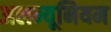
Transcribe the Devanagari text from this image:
अलम्यूनियम